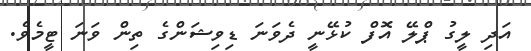
އަދި ލީގު ޕްލޭ އޮފް ކުޅޭނީ ދެވަނަ ޑިވިޝަންގެ ތިން ވަނަ ޓީމެވެ.